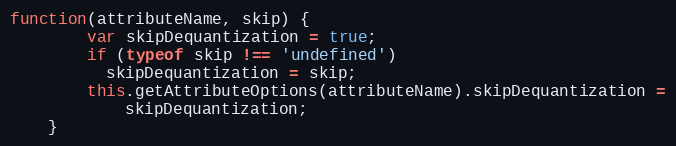
Language: JavaScript
function(attributeName, skip) {
        var skipDequantization = true;
        if (typeof skip !== 'undefined')
          skipDequantization = skip;
        this.getAttributeOptions(attributeName).skipDequantization =
            skipDequantization;
    }